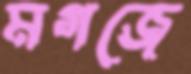
মগজে